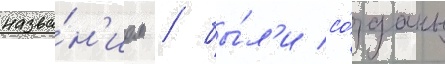
назва́н'ием / бы́л'и со́зданы